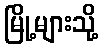
မြို့များသို့